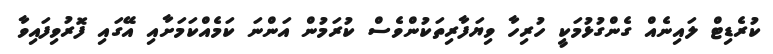
ކުރެޑިޓް ލައިނެއް ގެންގުޅުމަކީ ހުރިހާ ވިޔަފާރިތަކުންވެސް ކުރަމުން އަންނަ ކަމެއްކަމަށާއި އޭގައި ފޮރުވިފައިވާ